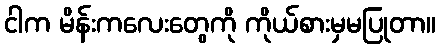
ငါက မိန်းကလေးတွေကို ကိုယ်စားမှမပြုတာ။